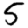
Digit: 5